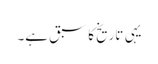
یہی تاریخ کا سبق ہے۔